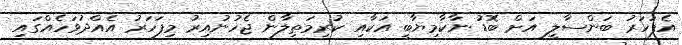
އެފަހަރު ބަންސާލީ އަށް ބޮޑު ނާކާމިޔާބީ އަކާއި ކުރިމަތިލާން ޖެހުނުއިރު މިފަހަރު އެއްދުވަހެއްގައި